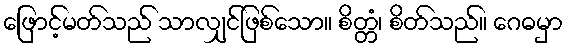
ဖြောင့်မတ်သည် သာလျှင်ဖြစ်သော။ စိတ္တံ၊ စိတ်သည်။ ဂေဓမှာ